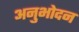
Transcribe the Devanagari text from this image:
अनुभोदन